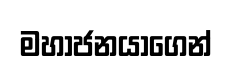
මහාජනයාගෙන්